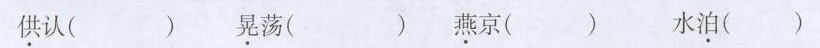
供认( ) 晃荡( ) 燕京( ) 水泊( )